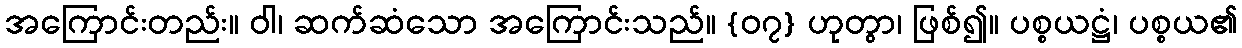
အကြောင်းတည်း။ ဝါ၊ ဆက်ဆံသော အကြောင်းသည်။ {၀၇} ဟုတွာ၊ ဖြစ်၍။ ပစ္စယဋ္ဌံ၊ ပစ္စယ၏